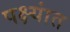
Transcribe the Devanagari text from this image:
पक्ष्यांत